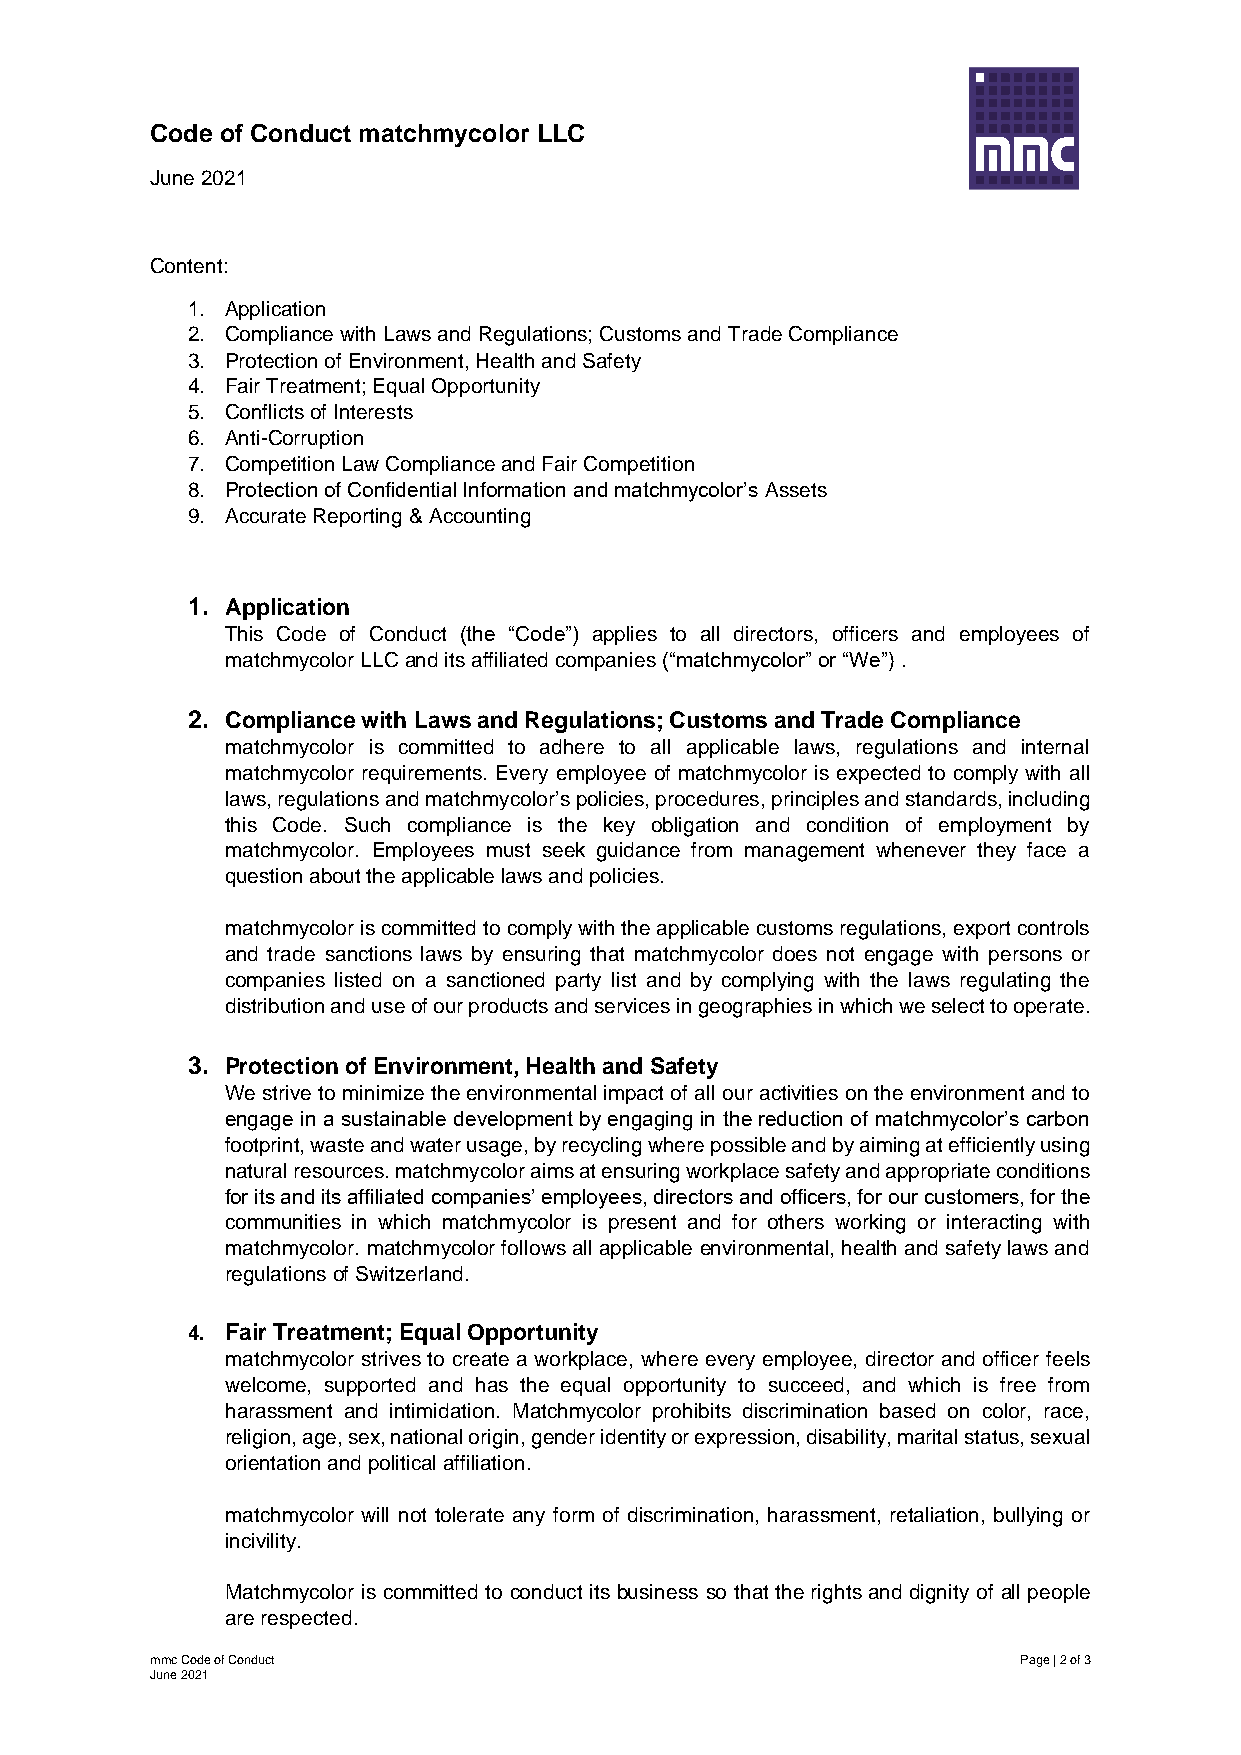
Code of Conduct matchmycolor LLC
 June 2021
 Content:
 1. Application
 2. Compliance with Laws and Regulations; Customs and Trade Compliance
 3. Protection of Environment, Health and Safety
 4. Fair Treatment; Equal Opportunity
 5. Conflicts of Interests
 6. Anti-Corruption
 7. Competition Law Compliance and Fair Competition
 8. Protection of Confidential Information and matchmycolor’s Assets
 9. Accurate Reporting & Accounting
 1. Application
 This Code of Conduct (the “Code”) applies to all directors, officers and employees of
 matchmycolor LLC and its affiliated companies (“matchmycolor” or “We”) .
 2. Compliance with Laws and Regulations; Customs and Trade Compliance
 matchmycolor is committed to adhere to all applicable laws, regulations and internal
 matchmycolor requirements. Every employee of matchmycolor is expected to comply with all
 laws, regulations and matchmycolor’s policies, procedures, principles and standards, including
 this Code. Such compliance is the key obligation and condition of employment by
 matchmycolor. Employees must seek guidance from management whenever they face a
 question about the applicable laws and policies.
 matchmycolor is committed to comply with the applicable customs regulations, export controls
 and trade sanctions laws by ensuring that matchmycolor does not engage with persons or
 companies listed on a sanctioned party list and by complying with the laws regulating the
 distribution and use of our products and services in geographies in which we select to operate.
 3. Protection of Environment, Health and Safety
 We strive to minimize the environmental impact of all our activities on the environment and to
 engage in a sustainable development by engaging in the reduction of matchmycolor’s carbon
 footprint, waste and water usage, by recycling where possible and by aiming at efficiently using
 natural resources. matchmycolor aims at ensuring workplace safety and appropriate conditions
 for its and its affiliated companies’ employees, directors and officers, for our customers, for the
 communities in which matchmycolor is present and for others working or interacting with
 matchmycolor. matchmycolor follows all applicable environmental, health and safety laws and
 regulations of Switzerland.
 4. Fair Treatment; Equal Opportunity
 matchmycolor strives to create a workplace, where every employee, director and officer feels
 welcome, supported and has the equal opportunity to succeed, and which is free from
 harassment and intimidation. Matchmycolor prohibits discrimination based on color, race,
 religion, age, sex, national origin, gender identity or expression, disability, marital status, sexual
 orientation and political affiliation.
 matchmycolor will not tolerate any form of discrimination, harassment, retaliation, bullying or
 incivility.
 Matchmycolor is committed to conduct its business so that the rights and dignity of all people
 are respected.
 mmc Code of Conduct                                       Page | 2 of 3
 June 2021